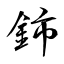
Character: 鈰